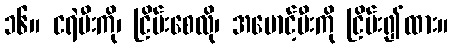
၁၆။ ငရဲမီးကို၊ ငြိမ်းစေလို၊ အမောင့်မီးကို ငြိမ်း၍ထား။